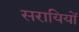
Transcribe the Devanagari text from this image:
सरायियों